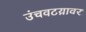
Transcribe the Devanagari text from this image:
उंचवटय़ावर